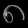
Digit: ၈